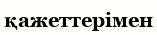
қажеттерімен